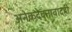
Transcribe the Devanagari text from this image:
अनेकदेवतावादही